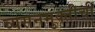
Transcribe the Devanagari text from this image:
व्यसनमुक्तीची